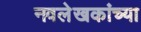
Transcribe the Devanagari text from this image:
नवलेखकांच्या